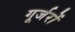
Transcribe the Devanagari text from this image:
गूर्जरों